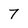
Character: 7